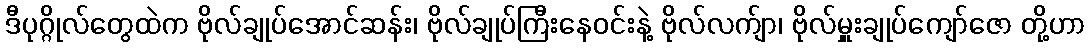
ဒီပုဂ္ဂိုလ်တွေထဲက ဗိုလ်ချုပ်အောင်ဆန်း၊ ဗိုလ်ချုပ်ကြီးနေဝင်းနဲ့ ဗိုလ်လက်ျာ၊ ဗိုလ်မှူးချုပ်ကျော်ဇော တို့ဟာ